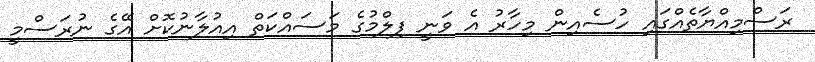
ރަސްމިއްޔާތެއްގައި ހުސެއިން މިހާރު އެ ވަނީ ފިލްމުގެ މަސައްކަތް އިއުލާނުކޮށް އޭގެ ނުރަސްމީ